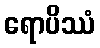
ရောပိဿံ